King Institute of Preventive Medicine Micro-Biological Section reports 1912-19
Year: 1912
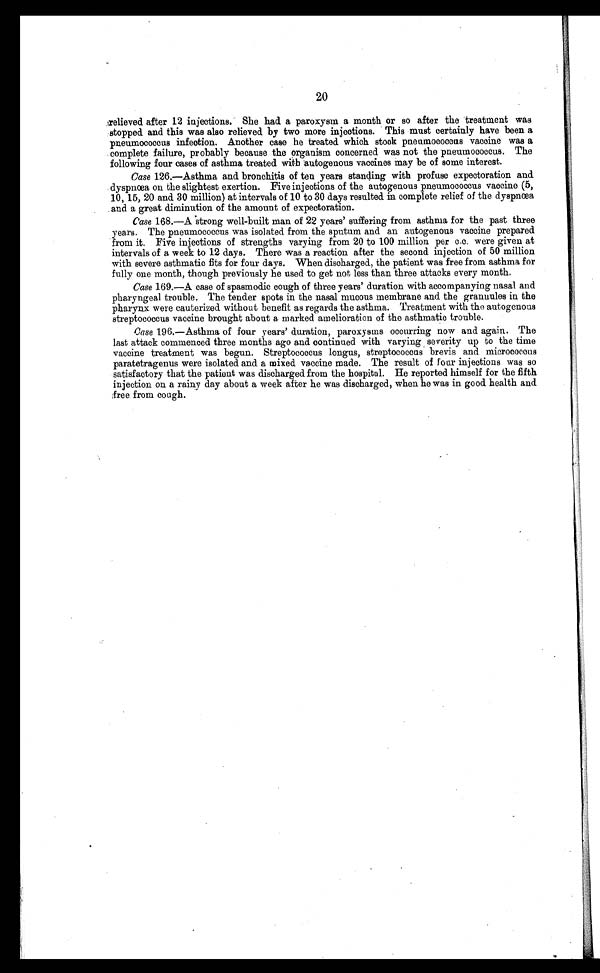
20
relieved after 12 injections. She had a paroxysm a month or so after the treatment was
stopped and this was also relieved by two more injections. This must certainly have been a
pneumococcus infection, Another case he treated which stock pneumococcus vacoine was a
complete failure, probably because the organism concerned was not the pneumococcus. The
following four cases of asthma treated with 'autogenous vaccines may be of some interest.
Case 126.—Asthma and bronchitis of ten years standing with profuse expectoration and
dyspnoea on the slightest exertion. Five injections of the autogenous pneumococcus vaccine (5,
10, 15, 20 and 30 million) at intervals of 10 to 30 days resulted in complete relief of the dyspnoea
and a great diminution of the amount of expectoration.
case 168.—A strong well-built man of 22 years' suffering from asthma for the past three
years. The pneumococcus was isolated from the sputum and an autogenous vaccine prepared
from it. Five injections of strengths varying from 20 to 100 million per c.c. were given at
intervals of a week to 12 days. There was a reaction after the second injection of 50 million
with severe asthmatic fits for four days. When discharged, the patient was free from asthma for
fully one month, though previously he used to get not less than three attacks every month.
Case 169.—A case of spasmodic cough of three years' duration with accompanying nasal and
pharyngeal trouble. The tender spots in the nasal mucous membrane and. the granuules in the
pharynx were cauterized. without benefit as regards the asthma. Treatment with the autogenous
streptococcus vaccine brought about a marked amelioration of the asthmatic trouble.
Case 196. —Asthma of four years’ durati on, paroxysms occurri ng now and agai n. The
last attack commenced three months ago and continued with varying severity up to the time
vaccine treatment was begun. Streptococcus longus, streptococcus brevis and micrococous
paratetragenus were isolated and a mixed vaccine made. The result of four injections was so
satisfactory that the patient was discharged from the hospital. He reported himself for the fifth
injection on a rainy day about a week after he was discharged, when he was in good health and
free from cough.